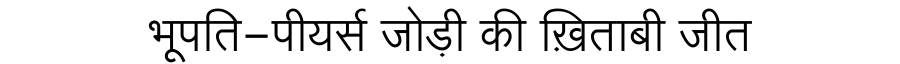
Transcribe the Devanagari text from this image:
भूपति-पीयर्स जोड़ी की ख़िताबी जीत